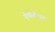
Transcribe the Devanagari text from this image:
ऐथेनोएट